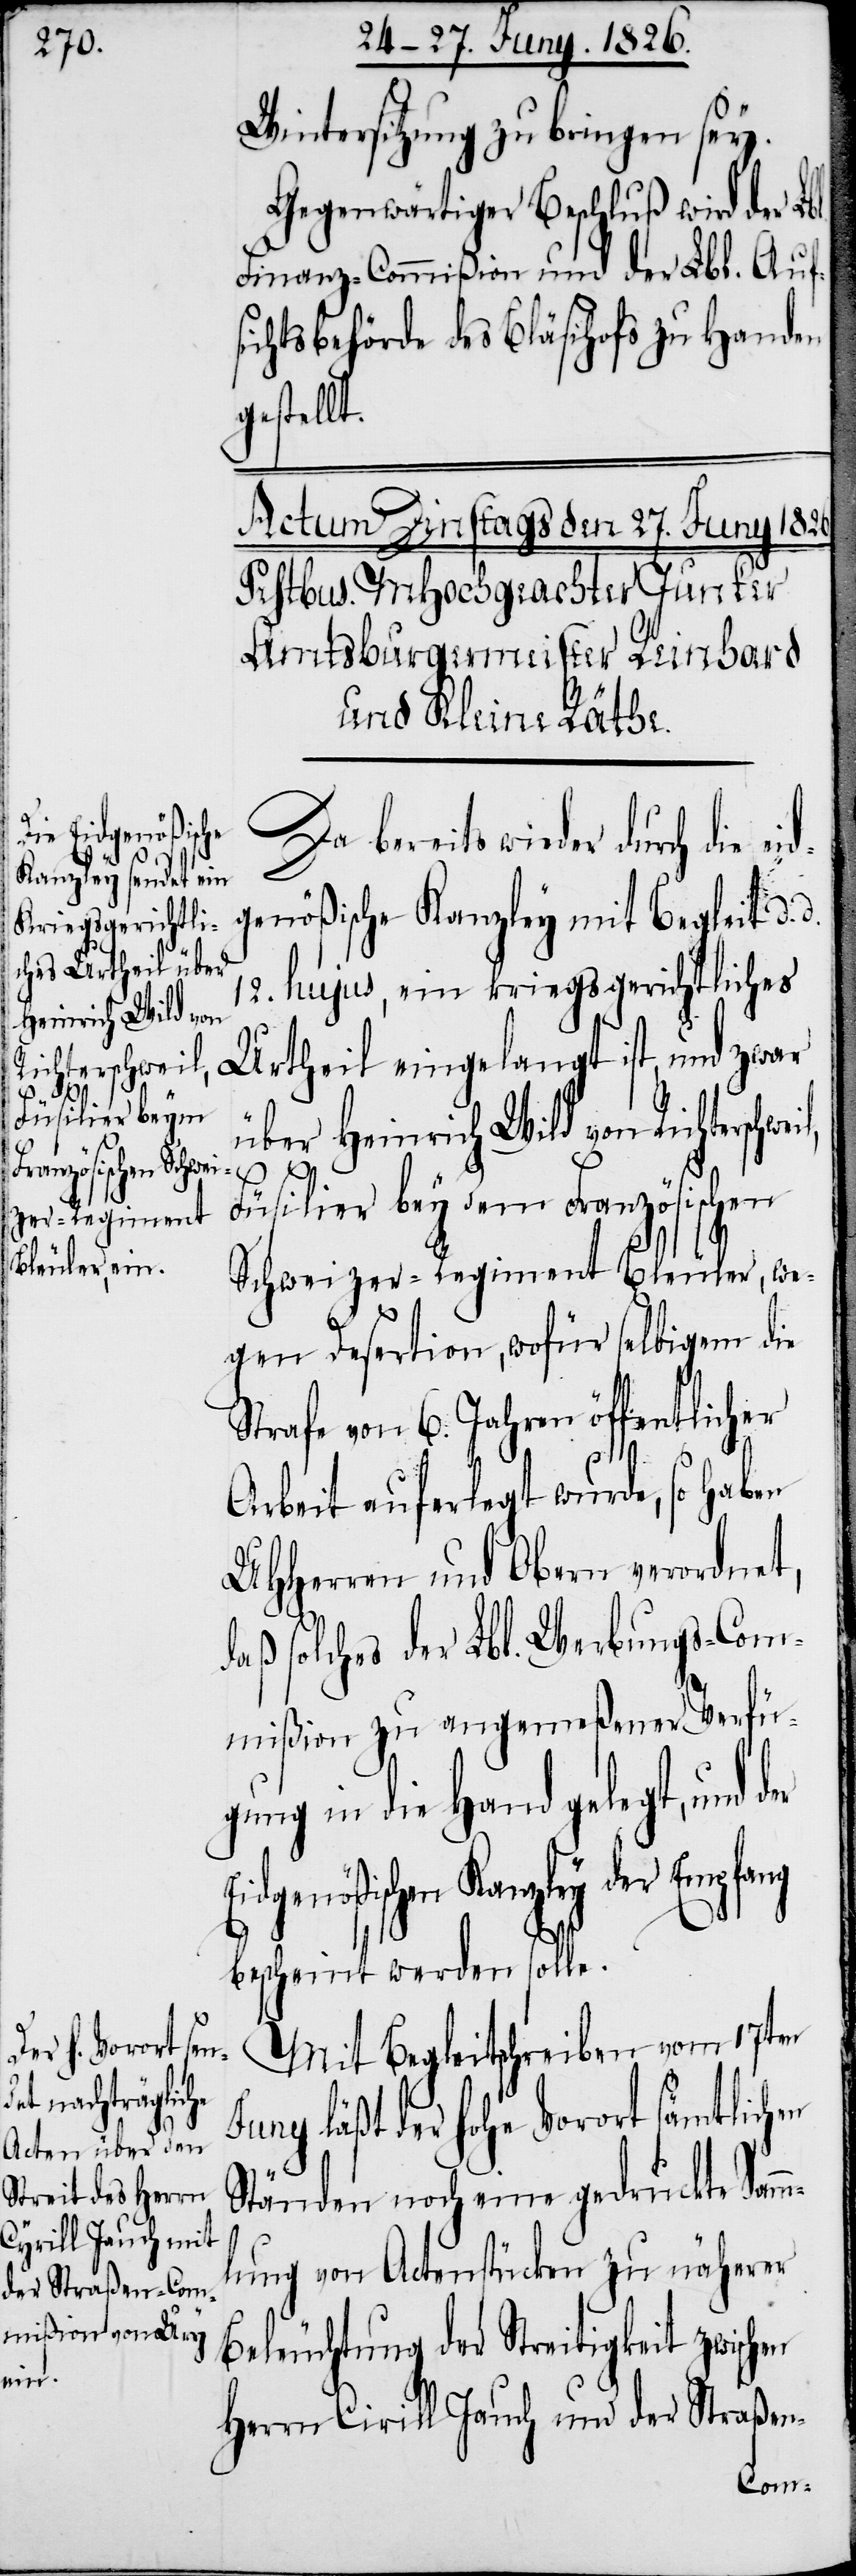
Wintersitzung zu bringen sey.
Gegenwärtiger Beschluß wird der Lb¬
Finanz-Commißion und der Lbl. Aufs¬
ichtsbehörde des Bläsihofs zu Handen
gestellt.
Da bereits wieder durch die
genößische Kanzley mit Begleit d.
12. hujus, ein kriegsgerichtliches
Heinrich Wild von
Urtheil eingelangt ist, und zwar
Richterschweil,
Füsilier bey dem Französischen
Schweizer-Regiment Bleuler, we¬
gen Desertion, wofür selbigem die
Strafe von 6. Jahren öffentlicher
l.
Arbeit auferlegt wurde, so haben
UHHerren und Obern verordnet,
daß solches der Lbl. Werbungs-Com¬
mißion zu angemeßener Verfü¬
gung in die Hand gelegt, und
Eidgenößischen Kanzley der Empfang
bescheint werden solle.
Mit Begleitschreiben vom 17ten
Juny läßt der hohe Vorort sämtlichen
Ständen noch eine gedruckte Sam¬
lung von Actenstücken zu näherer
Beleuchtung der Streitigkeit zwisch¬
en
Herrn Cirill Jauch und der Straßen-
m¬